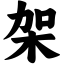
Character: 架